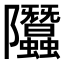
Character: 𨽳